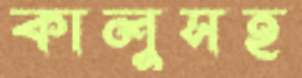
কালুসহ